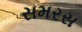
સમરસ